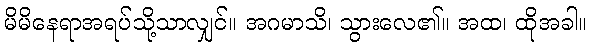
မိမိနေရာအရပ်သို့သာလျှင်။ အဂမာသိ၊ သွားလေ၏။ အထ၊ ထိုအခါ။